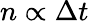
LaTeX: n\propto\Delta t